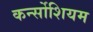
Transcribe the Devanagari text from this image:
कर्न्सोशियम